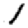
Digit: 1